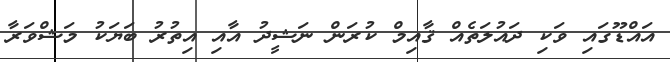
އައްޑޫގައި ވަކި ދައުލަތެއް ޤާއިމް ކުރަން ނަޝީދު އާއި އިތުރު ބަޔަކު މަޝްވަރާ